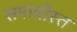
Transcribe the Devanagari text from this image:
समाधीस्त